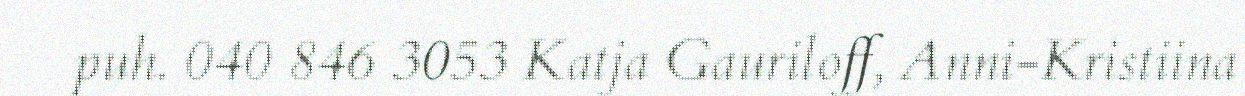
puh. 040 846 3053 Katja Gauriloff, Anni-Kristiina